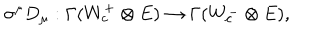
\sigma ^ { \mu } D _ { \mu } : \Gamma ( W _ { c } ^ { + } \otimes E ) \to \Gamma ( W _ { c } ^ { - } \otimes E ) ,